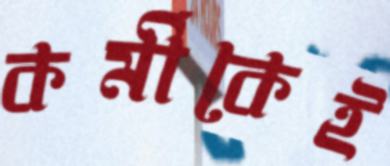
কর্মীকেই